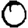
Digit: 0